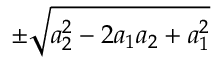
\pm \sqrt { a _ { 2 } ^ { 2 } - 2 a _ { 1 } a _ { 2 } + a _ { 1 } ^ { 2 } }